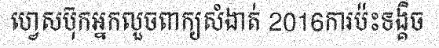
ហ្វេសប៊ុកអ្នកលួចពាក្យសំងាត់ 2016ការប៉ះទង្គិច